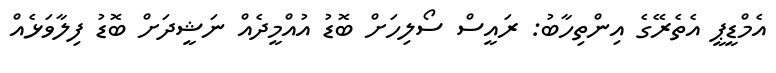
އެމްޑީޕީ އެތެެރޭޭގެެ އިންތިހާބު: ރައީސް ސޯލިހަށް ބޮޑު އުއްމީދެއް ނަޝީދަށް ބޮޑު ފިލާވަޅެއް